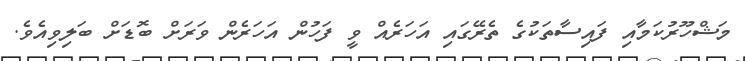
މަޝްހޫރުކަމާއި ފައިސާތަކުގެ ތެރޭގައި އަހަރެއް ވީ ފަހުން އަހަރެން ވަރަށް ބޮޑަށް ބަލިވިއެވެ.